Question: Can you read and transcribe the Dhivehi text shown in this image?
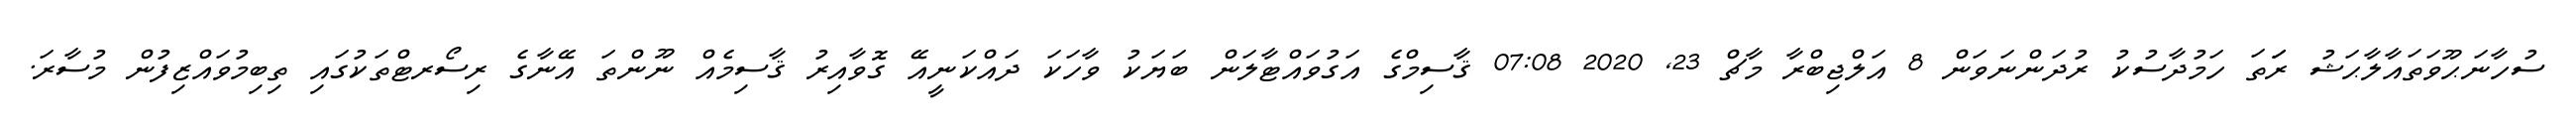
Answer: ސުހާނަޙޫވަތައާލާޙަޝު ރަަތަ ހަމުދާސުކު ރުދަންނަވަން 8 އަލްޖިބްރާ މާޗް 23, 2020 07:08 ޤާސިމްގެ އަގުވައްޓާލަން ބަޔަކު ވާހަކަ ދައްކަނީއޭ ގޮވާއިރު ޤާސިމެއް ނޫންތަ އޭނާގެ ރިސޯރޓްތަކުގައި ތިބިމުވައްޒިފުން މުސާރަ.